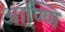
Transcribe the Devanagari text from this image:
आण्णि